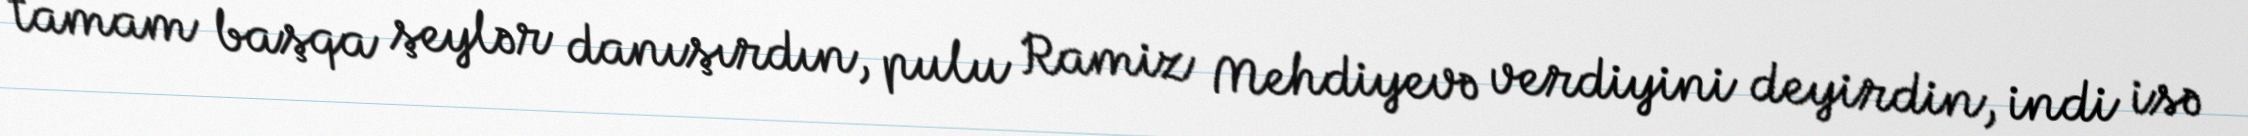
tamam başqa şeylər danışırdın, pulu Ramiz Mehdiyevə verdiyini deyirdin, indi isə